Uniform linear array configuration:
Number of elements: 24
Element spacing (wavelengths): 0.75
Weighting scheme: kaiser
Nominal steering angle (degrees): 45
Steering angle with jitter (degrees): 46.157
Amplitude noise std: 0.05
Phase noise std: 0.05

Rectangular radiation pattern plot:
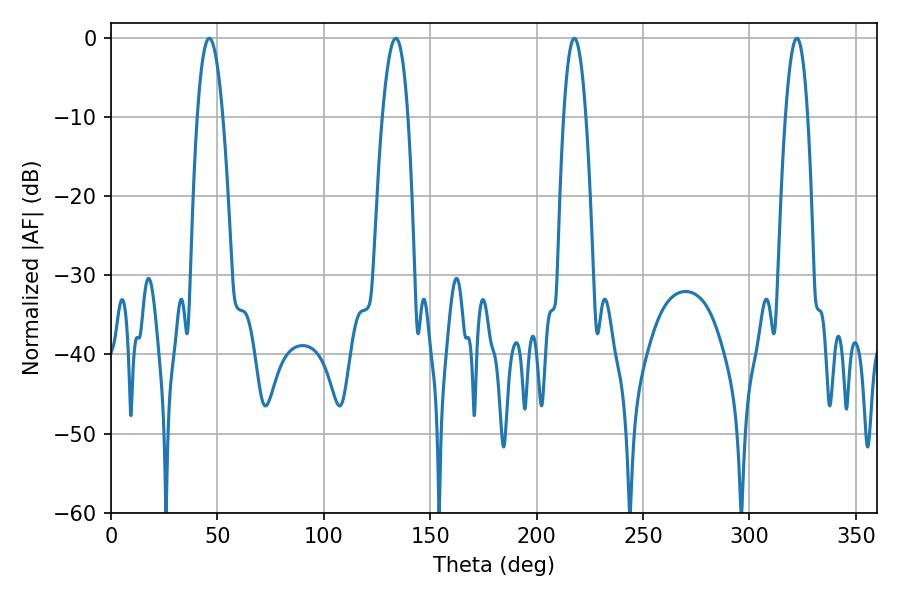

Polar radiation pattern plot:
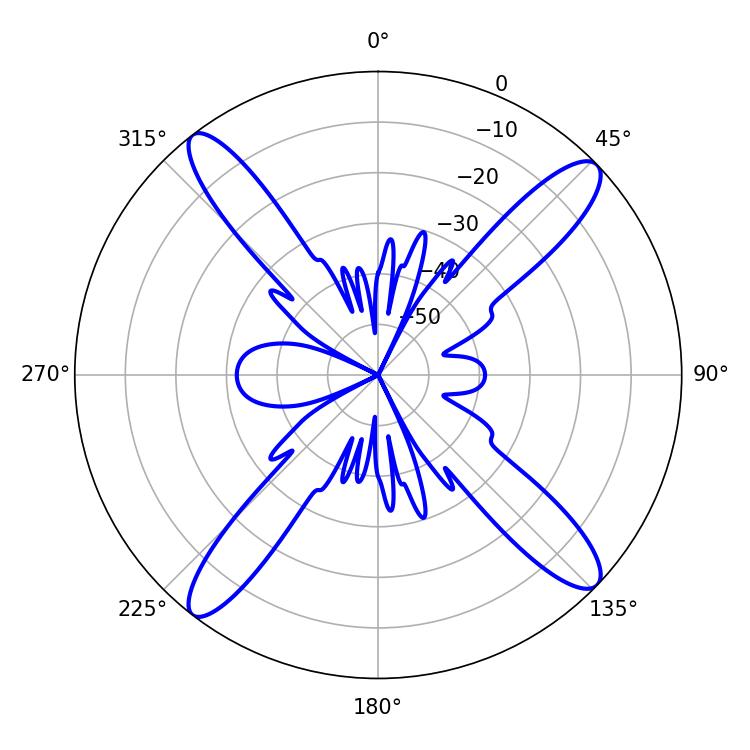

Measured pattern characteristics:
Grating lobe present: TRUE
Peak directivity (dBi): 16.308
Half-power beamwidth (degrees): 6.66
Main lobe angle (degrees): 46.26